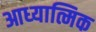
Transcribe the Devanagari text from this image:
आध्‍यात्मिक